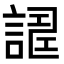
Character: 𧪀